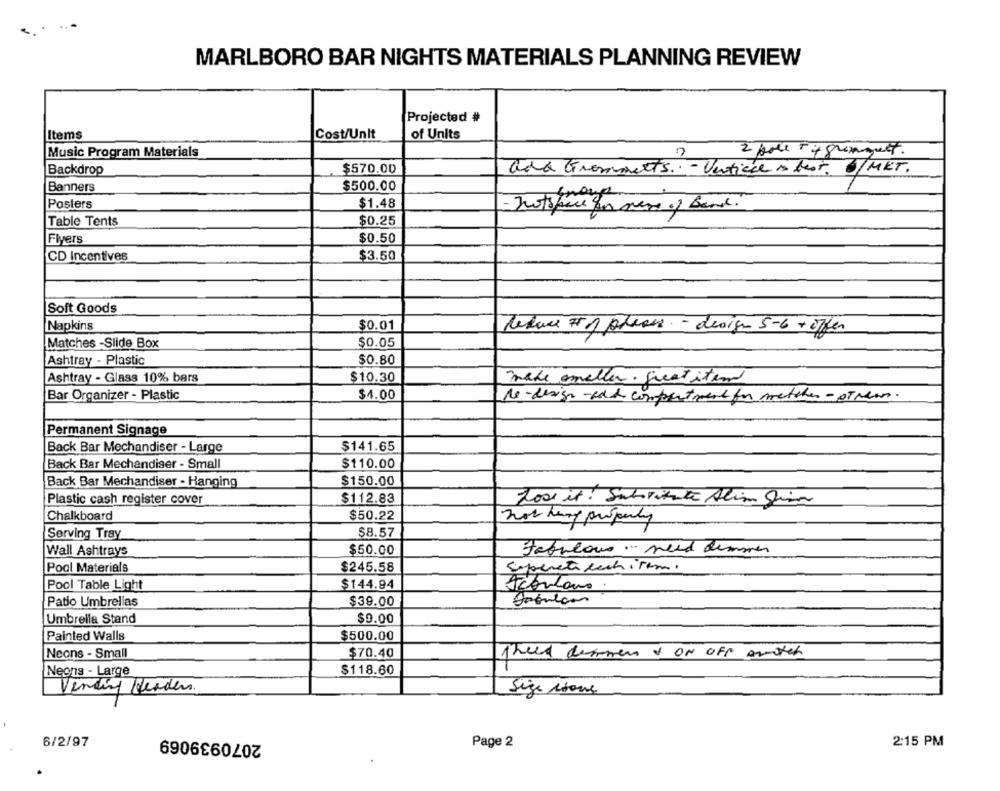
MARLBORO BAR NIGHTS MATERIALS PLANNING REVIEW
Projected #
Items
Cost/Unit
of Units
Music Program Materials
2 poll + + grangelt.
Backdrop
$570.00
add Grommets. - Verticce is best. 0/MKT.
Banners
$500.00
Posters
$1.48
Table Tents
$0.25
Flyers
$0.50
CD Incentives
$3.50
Soft Goods
Napkins
$0.01
Teque # 1 please. - design 5-6 + offer
Matches -Slide Box
$0.05
Ashtray - Plastic
$0.80
Ashtray - Glass 10% bars
$10.30
make omeller. great it and
Bar Organizer - Plastic
$4.00
Re-design-sch compartment for matcher- stress.
Permanent Signage
Back Bar Mechandiser - Large
$141.65
Back Bar Mechandiser - Small
$110.00
$150.00
Back Bar Mechandiser - Hanging
Plastic cash register cover
$112.83
Lose it! Substitute Alim Sima
Chalkboard
$50.22
not here properly
Serving Tray
$8.57
Wall Ashtrays
$50.00
Fabulous ... need dimmen
Pool Materials
$245.58
Expertisechitem.
Pool Table Light
$144.94
cortons.
$39.00
Patio Umbrellas
Umbrella Stand
$9.00
Painted Walls
$500.00
Neons - Small
$70.40
theid dommen & ON OFF anoter
Neons - Large
$118.60
Vending Header.
Size none
2070939069
6/2/97
Page 2
2:15 PM